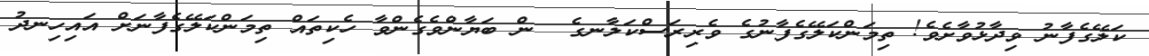
ކަލޭގެފާނު ވިދާޅުވާށެވެ! ތިމަންކަލޭގެފާނުގެ ވެރިރަސްކަލާނގެ  ން ބަޔާންވެގެންވާ ހެކިތައް ތިމަންކަލޭގެފާނަށް އައިހިނދު